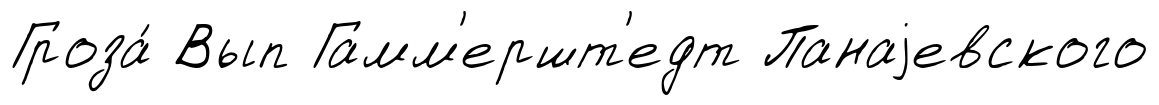
Гроза́ Вып Гамм'ершт'едт Панаjевского